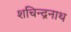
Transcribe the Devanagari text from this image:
शचिन्द्रनाथ